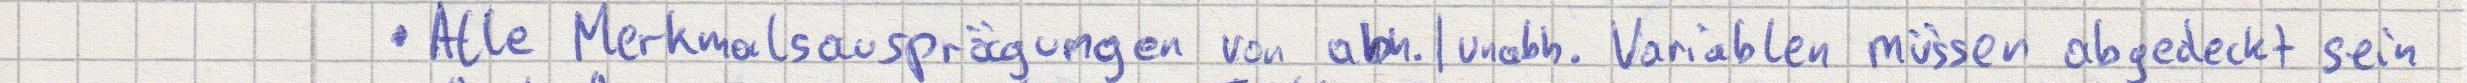
- Alle Merkmalsausprägungen von abh.|unabh. Variablen müssen abgedeckt sein